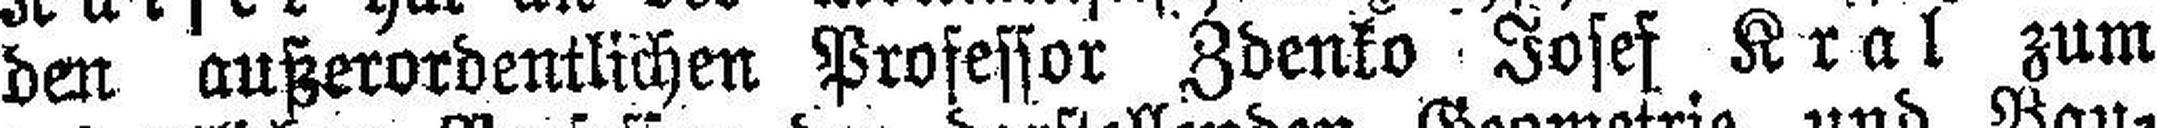
den außerordentlichen Professor Zdenko Josef Kral zum